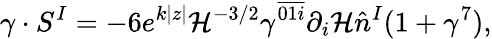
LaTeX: \gamma\cdot S^{I}=-6e^{k|z|}{\cal H}^{-3/2}\gamma^{\overline{{{01i}}}}\partial_{i}{\cal H}\hat{n}^{I}(1+\gamma^{7}),